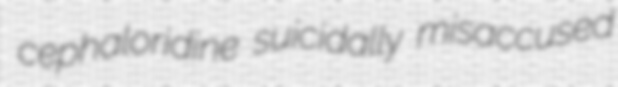
cephaloridine suicidally misaccused